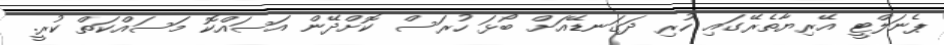
ޕެނަލްޓީ އޭރިޔާތެރޭގައި ހުރި ދަގަނޑޭއަށް ބޯޅަ ހުރަސް ކޮށްދޭން އަސައްކޮ މަސައްކަތް ކުރީ.